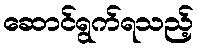
ဆောင်ရွက်ရသည့်